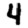
Digit: 4